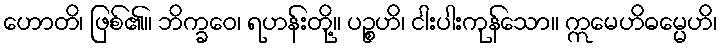
ဟောတိ၊ ဖြစ်၏။ ဘိက္ခဝေ၊ ရဟန်းတို့။ ပဉ္စဟိ၊ ငါးပါးကုန်သော။ ဣမေဟိဓမ္မေဟိ၊